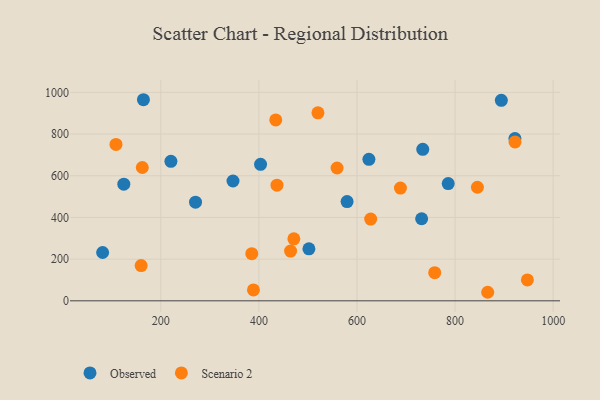
{"axis": {"x": "Investment", "y": "Exam Score"}, "legend": ["Observed", "Scenario 2"], "data": [{"x": "579.8", "y": 476.1, "type": "Observed"}, {"x": "220.6", "y": 669.2, "type": "Observed"}, {"x": "734.1", "y": 726.6, "type": "Observed"}, {"x": "347.2", "y": 574.8, "type": "Observed"}, {"x": "502.0", "y": 249.3, "type": "Observed"}, {"x": "786.0", "y": 562.5, "type": "Observed"}, {"x": "164.6", "y": 964.6, "type": "Observed"}, {"x": "403.4", "y": 654.7, "type": "Observed"}, {"x": "624.3", "y": 678.6, "type": "Observed"}, {"x": "894.3", "y": 961.7, "type": "Observed"}, {"x": "922.0", "y": 778.5, "type": "Observed"}, {"x": "270.8", "y": 473.2, "type": "Observed"}, {"x": "81.4", "y": 231.8, "type": "Observed"}, {"x": "731.8", "y": 393.6, "type": "Observed"}, {"x": "124.6", "y": 559.5, "type": "Observed"}, {"x": "559.4", "y": 637.0, "type": "Scenario 2"}, {"x": "947.4", "y": 100.4, "type": "Scenario 2"}, {"x": "385.5", "y": 226.1, "type": "Scenario 2"}, {"x": "159.9", "y": 169.3, "type": "Scenario 2"}, {"x": "922.2", "y": 762.4, "type": "Scenario 2"}, {"x": "108.6", "y": 750.3, "type": "Scenario 2"}, {"x": "162.3", "y": 639.5, "type": "Scenario 2"}, {"x": "464.6", "y": 238.7, "type": "Scenario 2"}, {"x": "388.9", "y": 52.5, "type": "Scenario 2"}, {"x": "436.9", "y": 554.8, "type": "Scenario 2"}, {"x": "471.3", "y": 297.4, "type": "Scenario 2"}, {"x": "688.6", "y": 540.7, "type": "Scenario 2"}, {"x": "758.5", "y": 135.2, "type": "Scenario 2"}, {"x": "520.4", "y": 901.6, "type": "Scenario 2"}, {"x": "627.9", "y": 391.9, "type": "Scenario 2"}, {"x": "866.5", "y": 41.0, "type": "Scenario 2"}, {"x": "845.5", "y": 544.7, "type": "Scenario 2"}, {"x": "434.4", "y": 867.7, "type": "Scenario 2"}]}